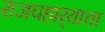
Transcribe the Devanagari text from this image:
राजपहार्‍याचा